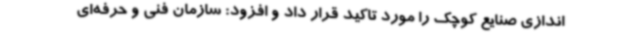
اندازی صنایع کوچک را مورد تاکید قرار داد و افزود: سازمان فنی و حرفه‌ای